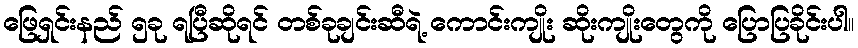
ဖြေရှင်းနည် ၅ခု ရပြီဆိုရင် တစ်ခုချင်းဆီရဲ့ ကောင်းကျိုး ဆိုးကျိုးတွေကို ပြောပြခိုင်းပါ။